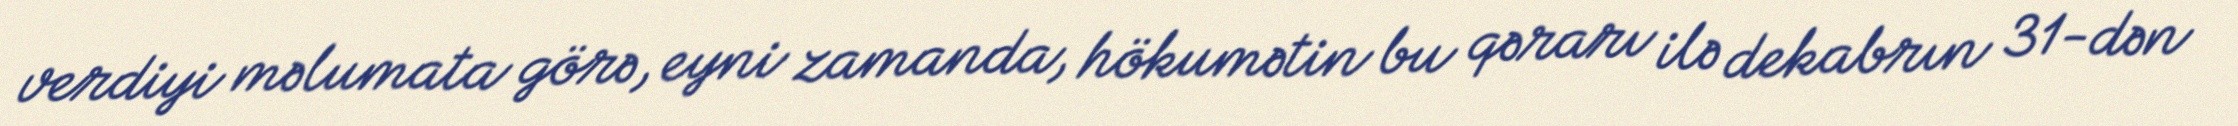
verdiyi məlumata görə, eyni zamanda, hökumətin bu qərarı ilə dekabrın 31-dən